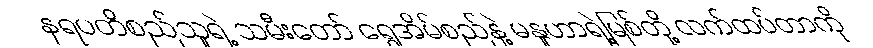
နရပတိစည်သူရဲ့ သမီးတော် ရွှေအိမ်စည်နဲ့ မနူဟာရဲ့မြစ်တို့ လက်ထပ်တာကို